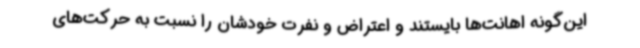
این‌گونه اهانت‌ها بایستند و اعتراض و نفرت خودشان را نسبت به حرکت‌های